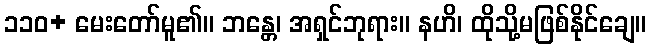
၁၁၀+ မေးတော်မူ၏။ ဘန္တေ၊ အရှင်ဘုရား။ နဟိ၊ ထိုသို့မဖြစ်နိုင်ချေ။